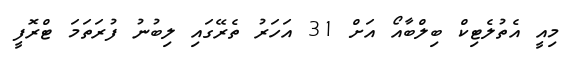
މިއީ އެތުލެޓިކް ބިލްބާއޯ އަށް 31 އަހަރު ތެރޭގައި ލިބުނު ފުރަތަމަ ޓްރޮފީ